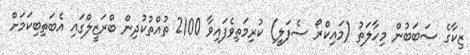
ޒިކާގެ ސަބަބުން މިހާލަތު (މައިކްރޯ ސެފަލީ) ކުރިމަތިވެފައިވާ 2100 ތުއްތުކުދިން ބްރަޒީލްގައި އެބަތިބިކަމަށް